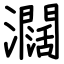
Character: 𤄃